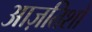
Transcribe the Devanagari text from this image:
आज़तिशों